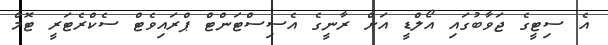
އެ ސިޓީގެ ޖަވާބުގައި އޯލްޑީ އަށް ރާނީގެ އެސިސްޓަންޓް ޕްރައިވެޓް ސެކްރެޓަރީ ޓޮމް